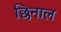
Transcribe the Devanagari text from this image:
छिनाल